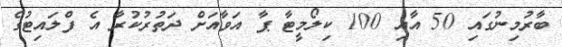
ބާރުމިނުގައި 50 އާއި 100 ކިލޯމީޓާ ޕާ އަވާއަށް ދަތުރުކުރާ އެ ފްލައިޓުގެ